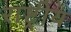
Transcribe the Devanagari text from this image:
राष्ट्रीय